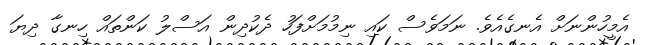
އެމީހުންނަށް އެނގެއެވެ. ނަމަވެސް ކައި ނިމުމަށްފަހު ދެކުދިން އަސްލު ކަންތައް ހިނގާ ދިޔަ